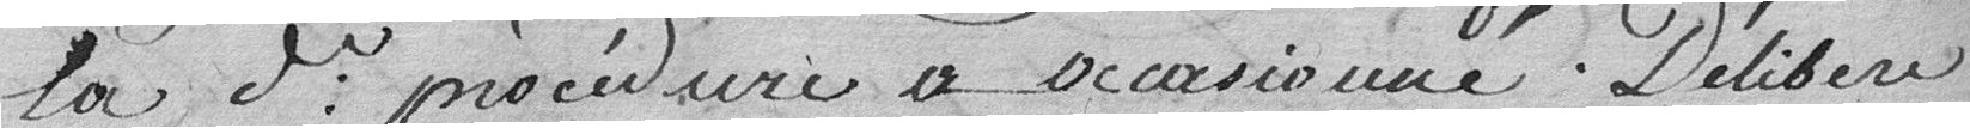
la procédure a occasionné. Délibère